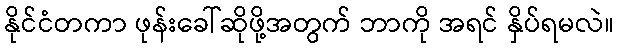
နိုင်ငံတကာ ဖုန်းခေါ်ဆိုဖို့အတွက် ဘာကို အရင် နှိပ်ရမလဲ။